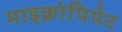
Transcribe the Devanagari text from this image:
माइक्रोपिपेट